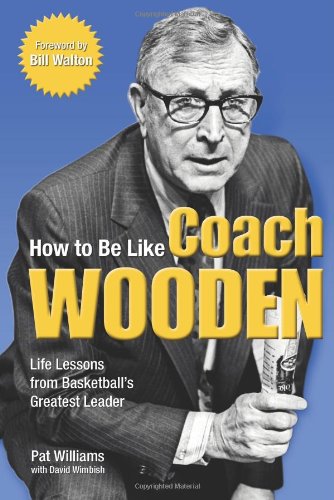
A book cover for How to Be Like Coach Wooden: Life Lessons from Basketball's Greatest Leader; Pat Williams; Sports & Outdoors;